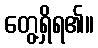
တွေ့ရှိရ၏။